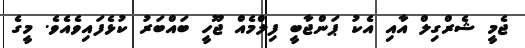
ޖެމީ ޝެރްގިލް އާއި އެކު ޕަންޖާބީ ފިލްމެއް ޖޫހީ ބައްބަރު ކުޅެފައިވެއެވެ. މީގެ